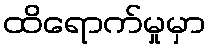
ထိရောက်မှုမှာ